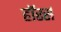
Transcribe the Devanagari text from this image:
हॉरर्स